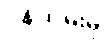
ဝန်ထမ်းမှ